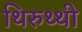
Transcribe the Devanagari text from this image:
थिरुथ्थी